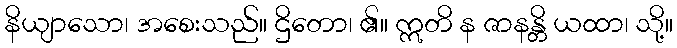
နိယျာသော၊ အစေးသည်။ ဌိတော၊ ၏။ ဣတိ န ဇာနန္တိ ယထာ၊ သို့။